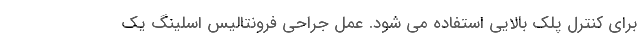
برای کنترل پلک بالایی استفاده می شود. عمل جراحی فرونتالیس اسلینگ یک